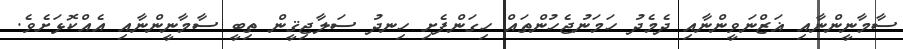
ސާމާނީންނާއި ޣަޒްނަވީންނާއި ދެމެދު ހަމަނުޖެހުންތައް ހިގަންފެށި ހިނދު ސަލާޖިޤީން ތިބީ ސާމާނީންނާއި އެއްކޮޅަށެވެ.